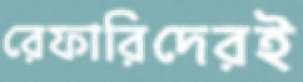
রেফারিদেরই